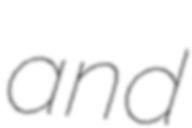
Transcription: and